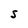
Character: S